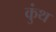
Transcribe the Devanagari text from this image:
कुंथ